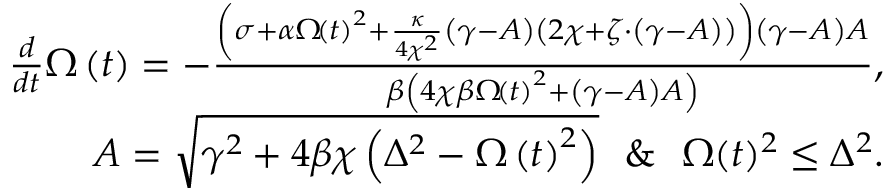
\begin{array} { r } { \frac { d } { d t } \Omega \left( t \right) = - \frac { \left( \sigma + \alpha \Omega \! \left( t \right) ^ { 2 } + \frac { \kappa } { 4 \chi ^ { 2 } } \left( \gamma - A \right) \left( 2 \chi + \zeta \cdot \left( \gamma - A \right) \right) \right) \left( \gamma - A \right) A } { \beta \left( 4 \chi \beta \Omega \! \left( t \right) ^ { 2 } + \left( \gamma - A \right) A \right) } , } \\ { A = \sqrt { \gamma ^ { 2 } + 4 \beta \chi \left( \Delta ^ { 2 } - \Omega \left( t \right) ^ { 2 } \right) } \ \ \& \ \ \Omega ( t ) ^ { 2 } \le \Delta ^ { 2 } . } \end{array}